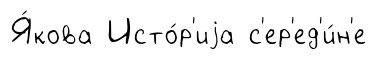
Я́кова Исто́р'иjа с'ер'ед'и́н'е